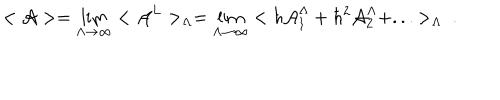
LaTeX: < { \cal A } > = \lim _ { \Lambda \rightarrow \infty } < { \cal A } ^ { L } > _ { \Lambda } = \lim _ { \Lambda \rightarrow \infty } < \hbar { \cal A } _ { 1 } ^ { \Lambda } + \hbar ^ { 2 } { \cal A } _ { 2 } ^ { \Lambda } + . . . > _ { \Lambda } \ .